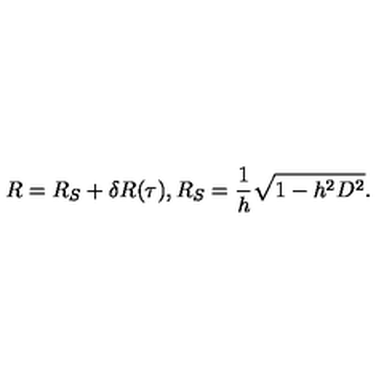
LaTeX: R = R _ { S } + \delta R ( \tau ) , R _ { S } = \frac { 1 } { h } \sqrt { 1 - h ^ { 2 } D ^ { 2 } } .